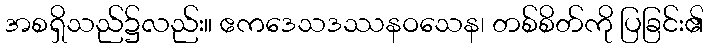
အစရှိသည်၌လည်း။ ဧကဒေသဒဿနဝသေန၊ တစ်စိတ်ကို ပြခြင်း၏